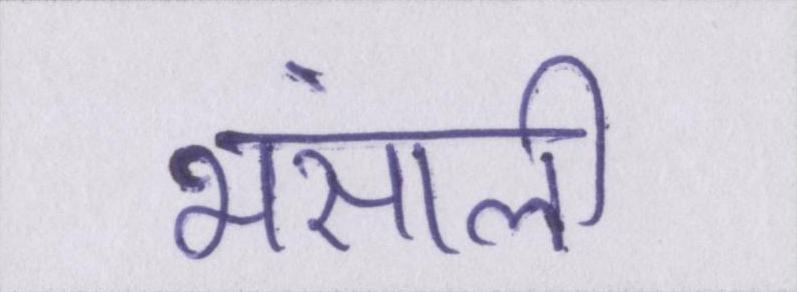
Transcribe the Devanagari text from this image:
भंसाली